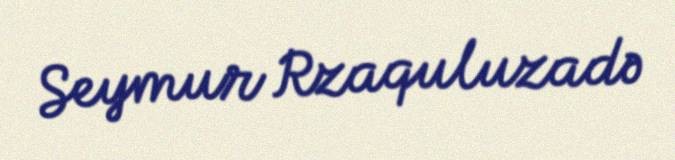
Seymur Rzaquluzadə